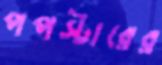
পপস্টারের